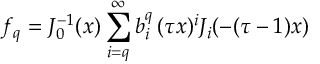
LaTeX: f _ { q } = J _ { 0 } ^ { - 1 } ( x ) \sum _ { i = q } ^ { \infty } b _ { i } ^ { q } \, ( \tau x ) ^ { i } J _ { i } ( - ( \tau - 1 ) x )